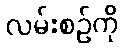
လမ်းစဉ်ကို